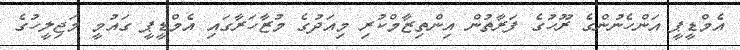
އެމްޑީޕީ އަންހެނުންގެ ރޫހުގެ ފަރާތުން އިންތިޒާމްކުރި މިއަދުގެ މުޒާހަރާގައި އެމްޑީޕީ ގައުމީ މަޖިލީހުގެ